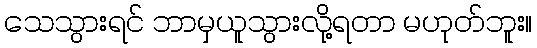
သေသွားရင် ဘာမှယူသွားလို့ရတာ မဟုတ်ဘူး။